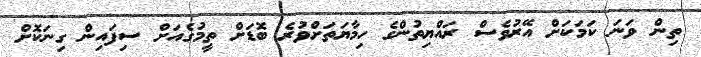
ތިން ވަނަ ކަމަކަށް އޭރުވެސް ރައްޔިތުންގެ ހިމާޔަތަށްވުރެ ބޮޑަށް ތީމުގެއަށް ސިފައިން ގިނަކޮށް